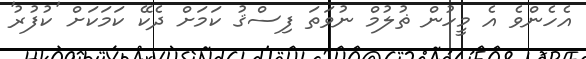
އެހެންވެ އެ މީހުން ޡުލުމް ނުވަތަ ފިސްޤު ކަމަށް ދެކޭ ކަމަކަށް 'ކުފުރު'